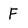
Character: F